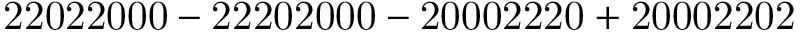
\mathrm { 2 2 0 2 2 0 0 0 - 2 2 2 0 2 0 0 0 - 2 0 0 0 2 2 2 0 + 2 0 0 0 2 2 0 2 }